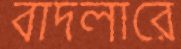
বাদলারে